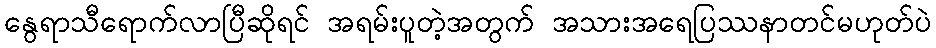
နွေရာသီရောက်လာပြီဆိုရင် အရမ်းပူတဲ့အတွက် အသားအရေပြဿနာတင်မဟုတ်ပဲ